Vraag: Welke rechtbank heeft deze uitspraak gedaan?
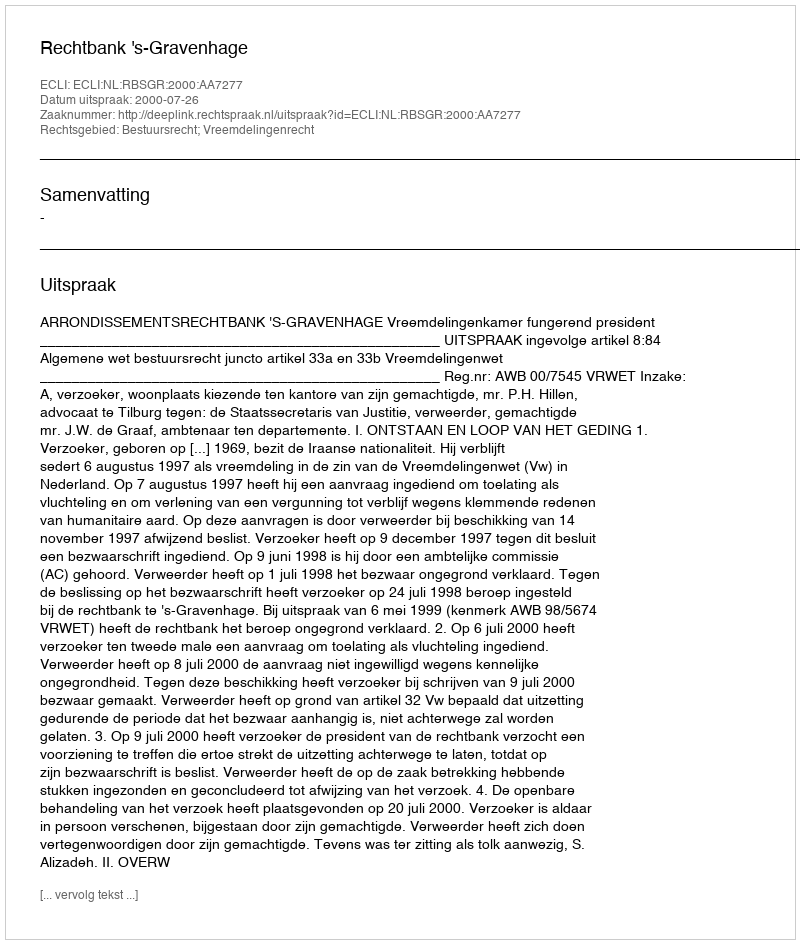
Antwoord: Rechtbank 's-Gravenhage